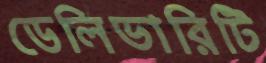
ডেলিভারিটি